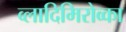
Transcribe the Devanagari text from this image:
व्लादिमिरोव्का